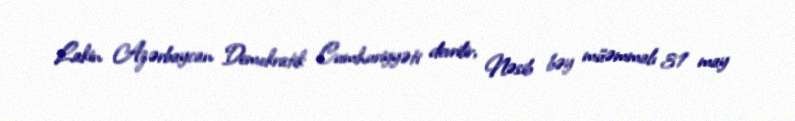
Lakin Azərbaycan Demokratik Cumhuriyyəti devrilir, Nəsib bəy müəmmalı 31 may